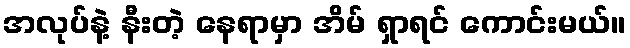
အလုပ်နဲ့ နီးတဲ့ နေရာမှာ အိမ် ရှာရင် ကောင်းမယ်။